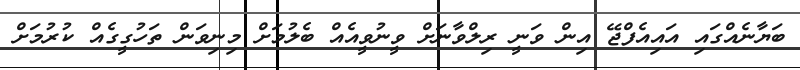
ބަޔާނެއްގައި އައިއެފްޖޭ އިން ވަނީ ރިލްވާނަށް ވީނުވީއެއް ބެލުމަށް މިނިވަން ތަހުގީގެއް ކުރުމަށް